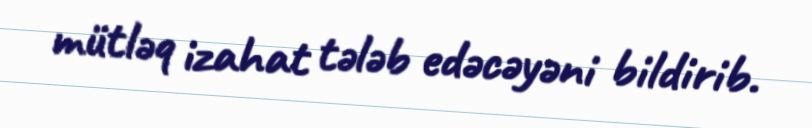
mütləq izahat tələb edəcəyəni bildirib.